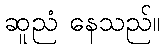
ဆူညံ နေသည်။